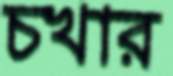
চখার